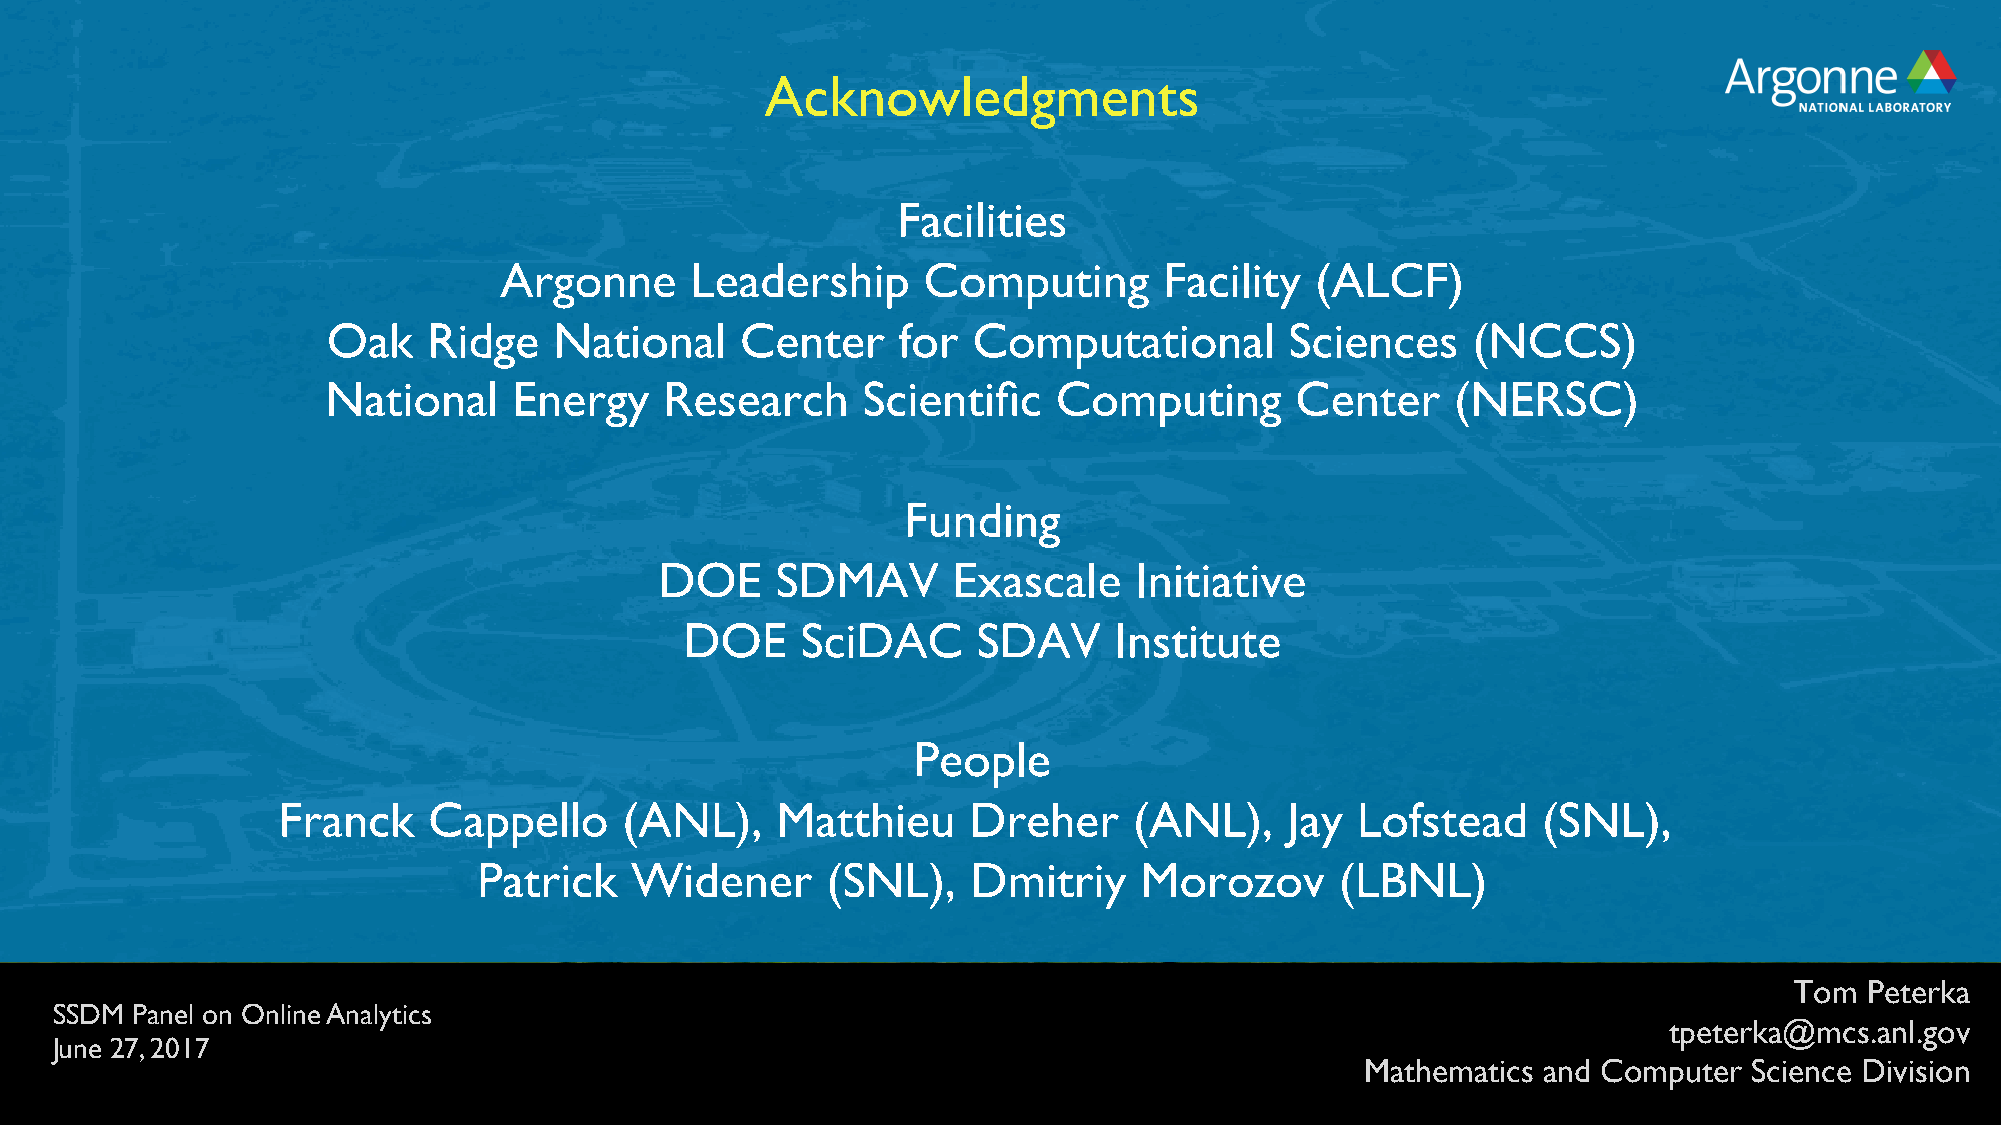
Acknowledgments
 Facilities
 Argonne      Leadership     Computing       Facility  (ALCF)
 Oak   Ridge    National    Center    for  Computational        Sciences    (NCCS)
 National    Energy    Research     Scientific   Computing       Center    (NERSC)
 Funding
 DOE    SDMAV       Exascale    Initiative
 DOE     SciDAC      SDAV     Institute
 People
 Franck    Cappello     (ANL),    Matthieu     Dreher     (ANL),    Jay  Lofstead    (SNL),
 Patrick   Widener      (SNL),   Dmitriy    Morozov       (LBNL)
 Tom  Peterka
 SSDM  Panel on Online Analytics
 tpeterka@mcs.anl.gov
 June 27, 2017
 Mathematics and Computer  Science Division